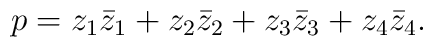
p = z_1 \bar{z}_1 + z_2 \bar{z}_2 + z_3 \bar{z}_3 + z_4 \bar{z}_4 .